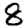
Digit: 8